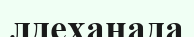
лдеханада